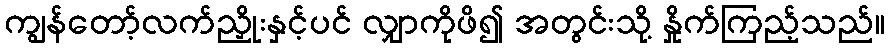
ကျွန်တော့်လက်ညှိုးနှင့်ပင် လျှာကိုဖိ၍ အတွင်းသို့ နှိုက်ကြည့်သည်။